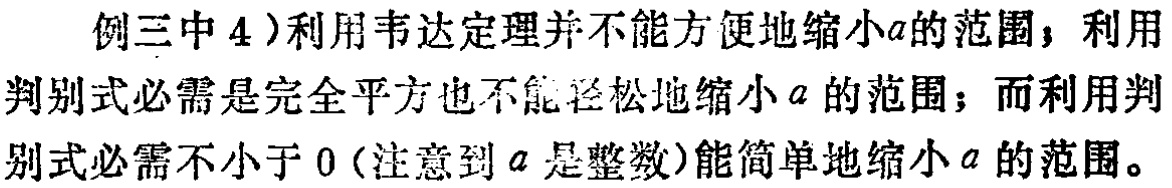
例三中4）利用韦达定理并不能方便地缩小\(a\)的范围；利用判别式必需是完全平方也不能轻松地缩小\(a\)的范围；而利用判别式必需不小于\(0\)（注意到\(a\)是整数）能简单地缩小\(a\)的范围。